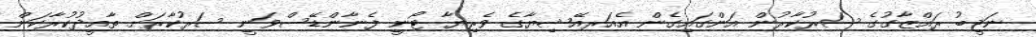
ނަޖީބު ރައްޒާގުގެ ސަރުކާރުން އަންގައިގެން އެއަރއޭޝިޔާގެ ވެރިޔާ ޓޯނީ ފެނާންޑޭސްވަނީ ސަރުކާރަށް ތާއީދުކުރާކަން